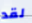
لقد